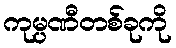
ကုမ္ပဏီတစ်ခုကို